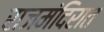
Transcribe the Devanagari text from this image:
राजमंदिरात